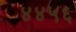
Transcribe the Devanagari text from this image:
४४५६